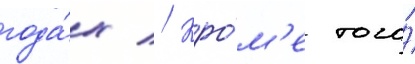
года́х // Кро́м'е того́